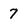
Character: 7